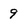
Character: 9